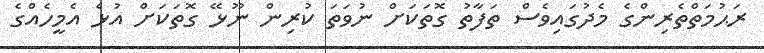
ރަޙުމަތްތެރިންގެ މެދުގައިވެސް ތަފާތު ގޮތަކަށް ނުވަތަ ކުރިން ނޫޅޭ ގޮތަކަށް އުޅެ އެމީހެއްގެ